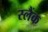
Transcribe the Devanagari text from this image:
स्लैंक